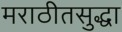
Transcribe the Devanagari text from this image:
मराठीतसुद्धा